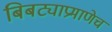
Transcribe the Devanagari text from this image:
बिबट्याप्रमाणेच